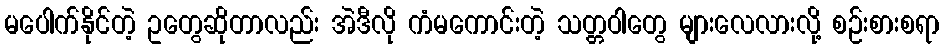
မပေါက်နိုင်တဲ့ ဥတွေဆိုတာလည်း အဲဒီလို ကံမကောင်းတဲ့ သတ္တဝါတွေ များလေလားလို့ စဉ်းစားစရာ